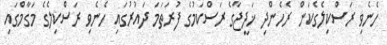
ހެނެވި ރަސްކިލެގެކަން ރެހެންދި ޚަދީޖާގެ ރަސްކަމުގެ ފުރަތަމަ ދައުރުގައި ހެނެވި ރަސްކިލެގެ މަގާމްގައި